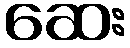
ဆေး